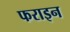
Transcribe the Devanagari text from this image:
फराइन